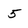
Character: 5